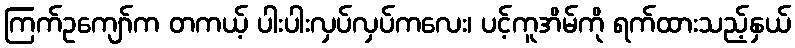
ကြက်ဥကျော်က တကယ့် ပါးပါးလှပ်လှပ်ကလေး၊ ပင့်ကူအိမ်ကို ရက်ထားသည့်နှယ်